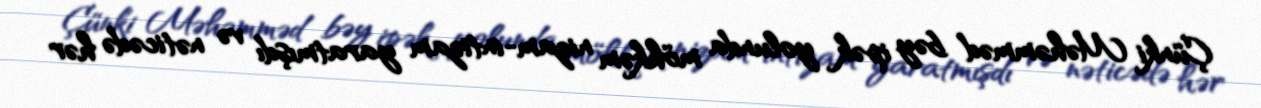
Çünki Məhəmməd bəy ipək yolunda möhkəm nizam-intizam yaratmışdı və nəticədə hər